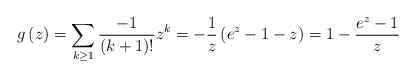
LaTeX: \begin{align*}g\left(z\right)=\sum_{k\ge1}\frac{-1}{\left(k+1\right)!}z^{k}=-\frac{1}{z}\left(e^{z}-1-z\right)=1-\frac{e^{z}-1}{z}\end{align*}